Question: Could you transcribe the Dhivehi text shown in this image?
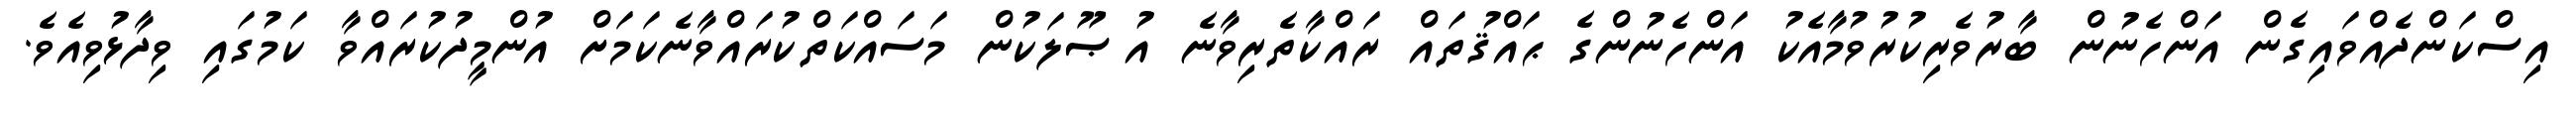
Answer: އިސްކަންދެއްވައިގެން އަންހެނުން ބާރުވެރިކުރުވުމާއެކު އަންހެނުންގެ ޙައްޤުތައް ރައްކާތެރިވާނެ އުޞޫލަކުން މަސައްކަތްކުރައްވާނެކަމަށް އުންމީދުކުރައްވާ ކަމުގައި ވިދާޅުވިއެވެ.